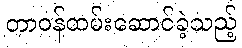
တာဝန်ထမ်းဆောင်ခဲ့သည့်